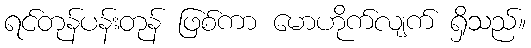
ရင်တုန်ပန်းတုန် ဖြစ်ကာ မောဟိုက်လျက် ရှိသည်။